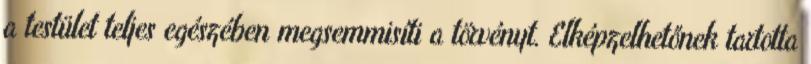
a testület teljes egészében megsemmisíti a törvényt. Elképzelhetőnek tartotta